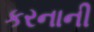
કરનાની